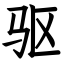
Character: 驱